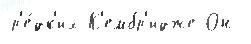
р'е́дк'их К'ембр'идже Он